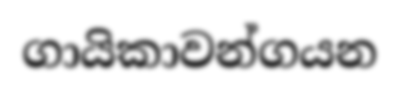
ගායිකාවන්ගයන